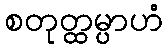
စတုတ္ထမ္ပာဟံ